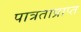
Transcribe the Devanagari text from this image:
पात्रताप्राप्त